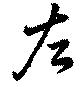
左